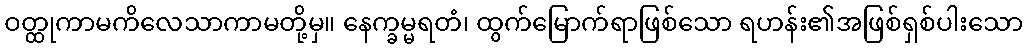
ဝတ္ထုကာမကိလေသာကာမတို့မှ။ နေက္ခမ္မရတံ၊ ထွက်မြောက်ရာဖြစ်သော ရဟန်း၏အဖြစ်ရှစ်ပါးသော